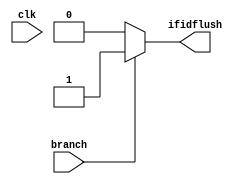
`timescale 1ns / 1ps
module hazard_unit(input branch,
input clk,
output reg ifidflush);

always @(*) begin
    if (branch) begin
        ifidflush = 1;
       
    end else begin
        ifidflush = 0;
        
    end
end
endmodule